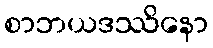
စာဘယဒဿိနော